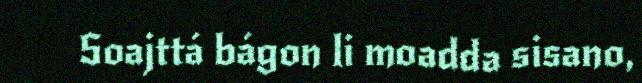
Soajttá bágon li moadda sisano,